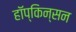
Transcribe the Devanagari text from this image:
हॉप्किन्सन